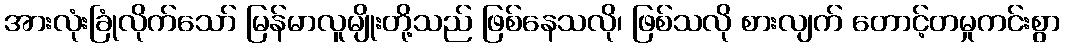
အားလုံးခြုံလိုက်သော် မြန်မာလူမျိုးတို့သည် ဖြစ်နေသလို၊ ဖြစ်သလို စားလျက် တောင့်တမှုကင်းစွာ